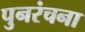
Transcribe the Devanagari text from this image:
पुनरंचना